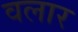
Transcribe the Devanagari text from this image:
वलार